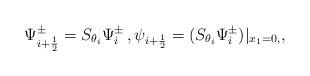
LaTeX: \begin{align*}\Psi_{i+\frac{1}{2}}^\pm=S_{\theta_i}\Psi^{\pm}_i\,,\psi_{i+\frac{1}{2}}=(S_{\theta_i}\Psi^{\pm}_i)|_{x_1=0,},\end{align*}